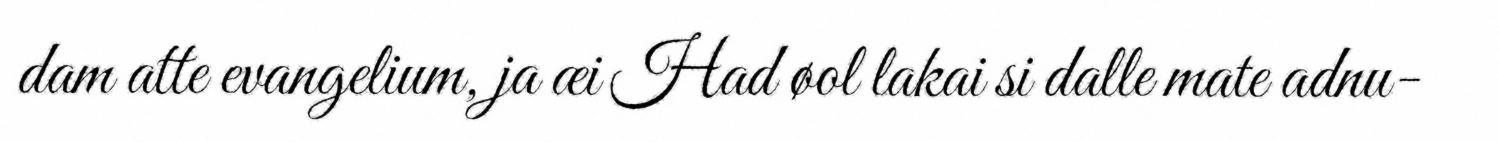
dam atte evangelium, ja æi Had øol lakai si dalle mate adnu-